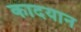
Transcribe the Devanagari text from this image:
कादयान